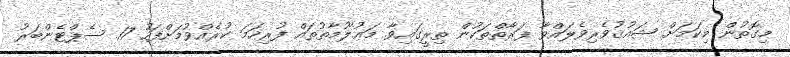
މިގޮތުން މިކަމަށް ޝައުޤުވެރިވެލައްވާ ފަރާތްތަކުން ތިރީގައިވާ މަޢުލޫމާތުތައް ފުރިހަމަ ކުރެއްވުމަށްފަހު 17 ސެޕްޓެންބަރު